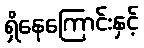
ရှိနေကြောင်းနှင့်